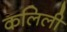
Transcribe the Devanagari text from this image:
कलिली